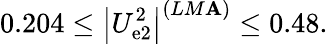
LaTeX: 0.204\leq\left|U_{\mathrm{e}2}^{2}\right|^{(LM\mathbf{A})}\leq0.48.